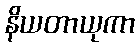
နိယတာယုကာ